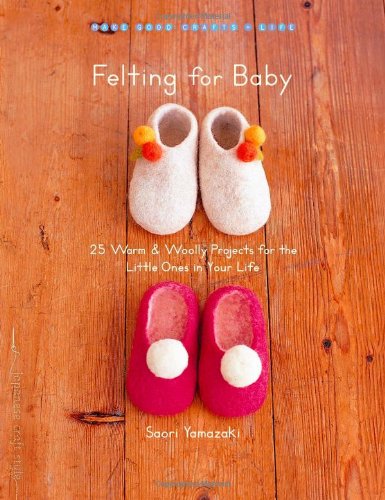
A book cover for Felting for Baby: 25 Warm and Woolly Projects for the Little Ones in Your Life (Make Good: Crafts + Life); Saori Yamazaki; Crafts, Hobbies & Home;